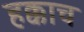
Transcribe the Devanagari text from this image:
हक्काच